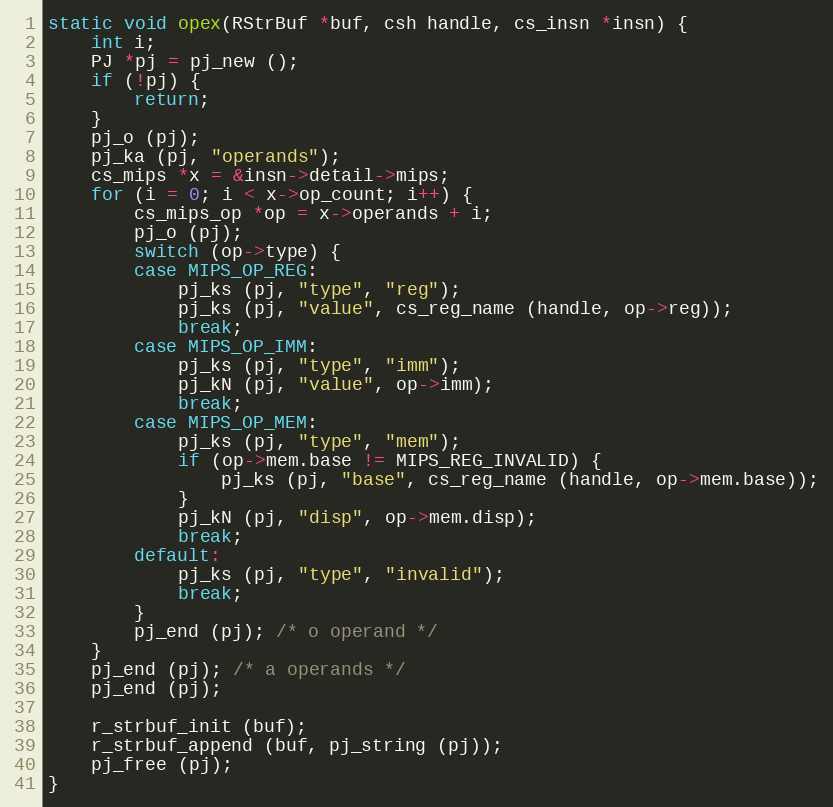
Language: C
static void opex(RStrBuf *buf, csh handle, cs_insn *insn) {
	int i;
	PJ *pj = pj_new ();
	if (!pj) {
		return;
	}
	pj_o (pj);
	pj_ka (pj, "operands");
	cs_mips *x = &insn->detail->mips;
	for (i = 0; i < x->op_count; i++) {
		cs_mips_op *op = x->operands + i;
		pj_o (pj);
		switch (op->type) {
		case MIPS_OP_REG:
			pj_ks (pj, "type", "reg");
			pj_ks (pj, "value", cs_reg_name (handle, op->reg));
			break;
		case MIPS_OP_IMM:
			pj_ks (pj, "type", "imm");
			pj_kN (pj, "value", op->imm);
			break;
		case MIPS_OP_MEM:
			pj_ks (pj, "type", "mem");
			if (op->mem.base != MIPS_REG_INVALID) {
				pj_ks (pj, "base", cs_reg_name (handle, op->mem.base));
			}
			pj_kN (pj, "disp", op->mem.disp);
			break;
		default:
			pj_ks (pj, "type", "invalid");
			break;
		}
		pj_end (pj); /* o operand */
	}
	pj_end (pj); /* a operands */
	pj_end (pj);

	r_strbuf_init (buf);
	r_strbuf_append (buf, pj_string (pj));
	pj_free (pj);
}